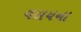
વલયના